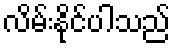
လိမ်းနိုင်ပါသည်